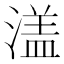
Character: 𱨚